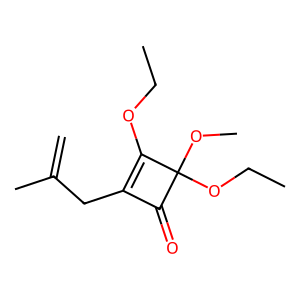
SMILES: C=C(C)CC1=C(OCC)C(OC)(OCC)C1=O
Inhibits HIV replication: No